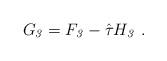
LaTeX: \begin{align*}G_{\it 3} = F_{\it 3} - \hat\tau H_{\it 3}\ .\end{align*}